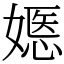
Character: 嫕